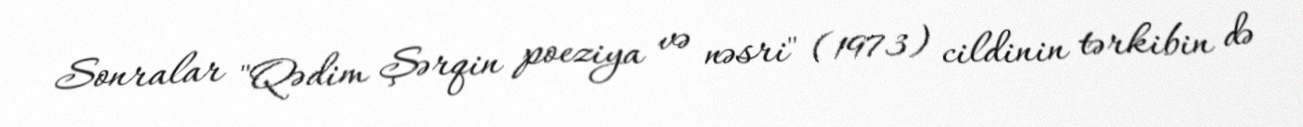
Sonralar "Qədim Şərqin poeziya və nəsri" (1973) cildinin tərkibin də